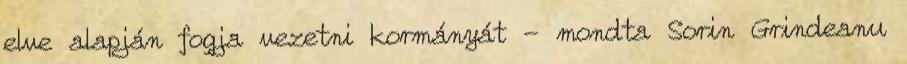
elve alapján fogja vezetni kormányát - mondta Sorin Grindeanu